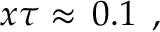
x \tau \approx \, 0 . 1 \, \; ,